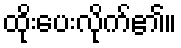
ထိုးပေးလိုက်၏။